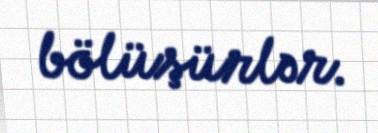
bölüşürlər.